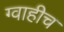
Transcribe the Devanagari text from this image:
ग्वाहीच